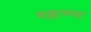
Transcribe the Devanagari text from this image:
मल्लाण्णा